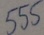
Text: 555